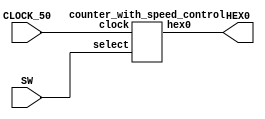

module Lab5Part2(CLOCK_50, SW, HEX0);
	input CLOCK_50;
	input [1:0]SW;
	output [6:0]HEX0;
	
	counter_with_speed_control b1(CLOCK_50, SW, HEX0 );
endmodule

module counter_with_speed_control(clock, select, hex0 );
	input clock;
	input [1:0]select;
	output [6:0]hex0;
	wire [26:0]W1; 
	wire W2;
	wire [3:0]W3;
	alu_speed u1(select, W1);
	rate_divide_counter u2(clock, W1, W2);
	counter u3 (clock, W2, W3);
	hexDecoder u4(W3[3],W3[2], W3[1], W3[0], hex0[0], hex0[1], hex0[2], hex0[3], hex0[4], hex0[5], hex0[6]);
endmodule 
/////////////////////////////////////////////////////////
module alu_speed(select,mux_out);
	input [1:0]select;
	output reg[26:0]mux_out;
	always@(*)
		case (select[1:0])
			2'b00: mux_out = 0;
			2'b01: mux_out = 27'b001011111010111100000111111;
			2'b10: mux_out = 27'b010111110101111000001111111;
			2'b11: mux_out = 27'b101111101011110000011111111;
		endcase
endmodule

module rate_divide_counter(clock, D, Enable);
	input clock;
	input [26:0]D;
	 reg [26:0]Q = 0;
	output Enable;
	//assign q_middle = D;
	
	always@(posedge clock)
		begin
			if( Q == 27'b0  )
				Q <= D;
			else 
				Q <= Q - 1;
		end
	assign Enable = (Q ==0) ? 1 : 0;
endmodule

module counter(clock, Enable,  cout);
	input clock;
	input Enable;
	output reg [3:0]cout;
	
	always@(posedge clock)
	begin
		if(Enable)
			cout <= cout + 1;
	end
endmodule


module hexDecoder (input a, b, c, d, output f0, f1, f2, f3, f4, f5, f6);
	assign f0 = (~a & ~b & ~c & d) | (~a & b & ~c & ~d) | (a & ~b & c & d) | (a & b & ~c & d) ;
	assign f1 = (~a & b & ~c & d) | (~a & b & c & ~d) | (a & ~b & c & d) | (a & b & ~c & ~d) | (a & b & c & ~d) | (a & b & c & d) ;
	assign f2 = (~a & ~b & c & ~d) | (a & b & ~c & ~d) | (a & b & c & ~d) | (a & b & c & d) ;
	assign f3 = (~a & ~b & ~c & d) | (~a & b & ~c & ~d) | (~a & b & c & d) | (a & ~b & c & ~d) | (a & b & c & d);
	assign f4 = (~a & ~b & ~c & d) | (~a & ~b & c & d) | (~a & b & ~c & ~d) | (~a & b & ~c & d) | (~a & b & c & d) | (a & ~b & ~c & d);
	assign f5 = (~a & ~b & ~c & d) | (~a & ~b & c & ~d) | (~a & ~b & c & d) | (~a & b & c & d) | (a & b & ~c & d);
	assign f6 = (~a & ~b & ~c & ~d) | (~a & ~b & ~c & d) | (~a & b & c & d) | (a & b & ~c & ~d);
endmodule

//module Lab5Part1(SW, KEY, LEDR );
//	input [9:0]SW;
//	input [3:0]KEY;
//	output [7:0]LEDR;
//	shift_with_n u1(SW[9], KEY[0], KEY[1], KEY[2], KEY[3], SW[7:0], LEDR[7:0] );
//endmodule
//////////////////////////////////////////////////////////////////////////////
//module shift_with_n(reset_n, clock, parallel_load_n, load_left, ASRight, data_in, Q);
//	//parameter n = 7;
//	input reset_n;
//	input clock;
//	input parallel_load_n;
//	input load_left;
//	input ASRight;
//	input [7:0] data_in;
//	output reg [7:0] Q;
//	
//	always@(posedge clock)
//		begin //start
//			if(reset_n == 1)
//				begin//1st 
//					if(parallel_load_n == 1)
//						begin//2nd
//							if(load_left == 1)//left
//								begin//555
//								Q[0] <= Q[1];
//								Q[1] <= Q[2];
//								Q[2] <= Q[3];
//								Q[3] <= Q[4];
//								Q[4] <= Q[5];
//								Q[5] <= Q[6];
//								Q[6] <= Q[7];
//								//end//555
//								//ASRIGHT
//								//begin//!1ST
//									if(ASRight == 1)
//										Q[7] <= Q[7];
//									else
//										Q[7] <= Q[0];
//								end//!1ST
//							else if(load_left == 0)//right
//								begin//333
//								Q[7] <= Q[6]; 
//								Q[6] <= Q[5];
//								Q[5] <= Q[4]; 	
//								Q[4] <= Q[3];
//								Q[3] <= Q[2];
//								Q[2] <= Q[1];
//								Q[1] <= Q[0];
//								Q[0] <= Q[7]; 
//								end//333
//						end//2nd
//					else
//						Q <= data_in;
//					//end
//				end//1st
//			else
//				Q <= 0;
//		end//start
//	
//endmodule

//module Lab5Part1(KEY, SW, HEX0, HEX1);
//	input [1:0]KEY;
//	input [1:0]SW;
//	output [6:0]HEX0;
//	output [6:0]HEX1;
//	wire [7:0] Q;
//	
//	counter8bit c1(SW[0], SW[1], KEY[0], Q);
//	hexDecoder h0(Q[3], Q[2], Q[1], Q[0], HEX0[0], HEX0[1], HEX0[2], HEX0[3], HEX0[4], HEX0[5], HEX0[6]);
//	hexDecoder h1(Q[7], Q[6], Q[5], Q[4], HEX1[0], HEX1[1], HEX1[2], HEX1[3], HEX1[4], HEX1[5], HEX1[6]);
//
//endmodule
//
//module counter8bit(CLEAR, ENABLE, CLOCK, Q);
//	input CLEAR;
//	input ENABLE;
//	input CLOCK;
//	output [7:0]Q;
//	wire W1, W2, W3, W4, W5, W6, W7, W8, W9, W10, W11, W12, W13, W14;
//	
//	assign W2 = ENABLE & W1;
//	assign W4 = W2 & W3;
//	assign W6 = W4 & W5;
//	assign W8 = W6 & W7;
//	assign W10 = W8 & W9;
//	assign W12 = W10 & W11;
//	assign W14 = W12 & W13;
//	
//	assign Q[0] = W1;
//	assign Q[1] = W3;
//	assign Q[2] = W5;
//	assign Q[3] = W7;
//	assign Q[4] = W9;
//	assign Q[5] = W11;
//	assign Q[6] = W13;
//	//assign Q[6] = W1;
//
//	T_FF f0(CLEAR, ENABLE, CLOCK, W1);
//	T_FF f1(CLEAR, W2, CLOCK, W3);	
//	T_FF f2(CLEAR, W4, CLOCK, W5);
//	T_FF f3(CLEAR, W6, CLOCK, W7);
//	T_FF f4(CLEAR, W8, CLOCK, W9);
//	T_FF f5(CLEAR, W10, CLOCK, W11);
//	T_FF f6(CLEAR, W12, CLOCK, W13);
//	T_FF f7(CLEAR, W14, CLOCK, Q[7]);
//	
//endmodule 
//
//module T_FF(CLEAR, T, CLOCK, Q );//NOT_Q
//	input CLEAR;
//	input T;
//	input CLOCK;
//	output reg Q;
//	//output reg NOT_Q;//not sure if reg or not 
//		
//	always@(negedge CLEAR, posedge CLOCK)begin
//		if (CLEAR == 0)
//				Q <= 0;
//		else if(T)
//			 Q <= ~Q;
//		end
//endmodule
//
//module hexDecoder (input a, b, c, d, output f0, f1, f2, f3, f4, f5, f6);
//	assign f0 = (~a & ~b & ~c & d) | (~a & b & ~c & ~d) | (a & ~b & c & d) | (a & b & ~c & d) ;
//	assign f1 = (~a & b & ~c & d) | (~a & b & c & ~d) | (a & ~b & c & d) | (a & b & ~c & ~d) | (a & b & c & ~d) | (a & b & c & d) ;
//	assign f2 = (~a & ~b & c & ~d) | (a & b & ~c & ~d) | (a & b & c & ~d) | (a & b & c & d) ;
//	assign f3 = (~a & ~b & ~c & d) | (~a & b & ~c & ~d) | (~a & b & c & d) | (a & ~b & c & ~d) | (a & b & c & d);
//	assign f4 = (~a & ~b & ~c & d) | (~a & ~b & c & d) | (~a & b & ~c & ~d) | (~a & b & ~c & d) | (~a & b & c & d) | (a & ~b & ~c & d);
//	assign f5 = (~a & ~b & ~c & d) | (~a & ~b & c & ~d) | (~a & ~b & c & d) | (~a & b & c & d) | (a & b & ~c & d);
//	assign f6 = (~a & ~b & ~c & ~d) | (~a & ~b & ~c & d) | (~a & b & c & d) | (a & b & ~c & ~d);
//endmodule



//		if(q_middle == 0)
//			Q <= 1;
//		else if(D == 27'b001011111010111100000111111)
//			q_middle = q_middle - 1;
//		else if(D == 27'b010111110101111000001111111)
//			q_middle = q_middle - 1;
//		else if(D == 27'b101111101011110000011111111)
//			q_middle = q_middle - 1;
//